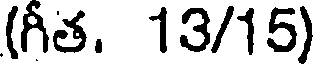
(గీత. 13/15)